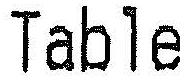
TABLE